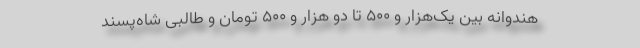
هندوانه بین یک‌هزار و ۵۰۰ تا دو هزار و ۵۰۰ تومان و طالبی شاه‌پسند